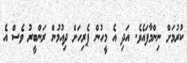
ކުރުމަށް ނިންމާފައެވެ. އަދި އެ މީހުން ޕެރިހަށް ދިއުމުން ރަންބީރު ވެސް އެ